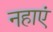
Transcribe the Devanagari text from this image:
नहाएं